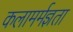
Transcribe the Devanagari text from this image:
कलामर्मज्ञता